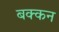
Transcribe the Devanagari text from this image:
बक्कन